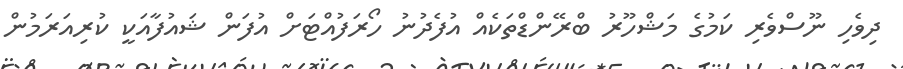
ދިވެހި ނޫސްވެރި ކަމުގެ މަޝްހޫރު ބްރޭންޑްތަކެއް އުފެދުނު ހޯރަފުއްޓަށް އުފަން ޝައުފާއަކީ ކުރިއަރަމުން